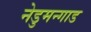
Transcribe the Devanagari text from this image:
नेडुमन्गाड